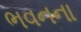
ભવનના